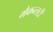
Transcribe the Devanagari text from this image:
मैकन्लटी